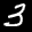
Label: 3